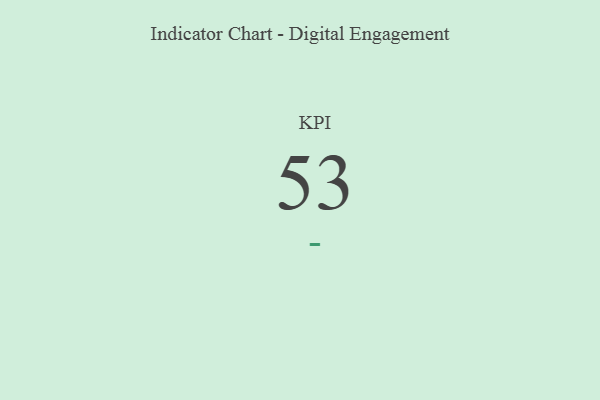
{"axis": {"x": "KPI", "y": "Value"}, "legend": [""], "data": [{"x": "KPI", "y": 53, "type": ""}]}